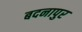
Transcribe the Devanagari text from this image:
बदनापुर